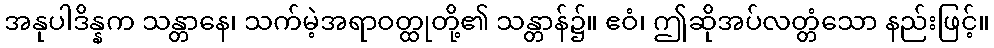
အနုပါဒိန္နက သန္တာနေ၊ သက်မဲ့အရာဝတ္ထုတို့၏ သန္တာန်၌။ ဧဝံ၊ ဤဆိုအပ်လတ္တံသော နည်းဖြင့်။